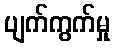
ပျက်ကွက်မှု